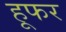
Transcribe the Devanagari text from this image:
हूफर